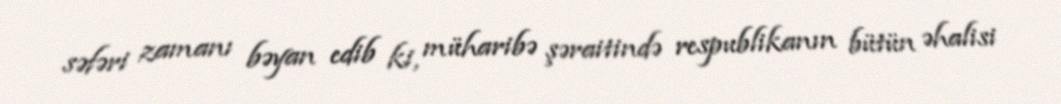
səfəri zamanı bəyan edib ki, müharibə şəraitində respublikanın bütün əhalisi